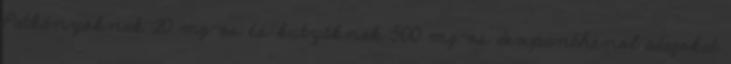
Patkányoknak 20 mg-os és kutyáknak 500 mg-os dexpanthenol adagokat